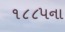
૧૮૮૫ના